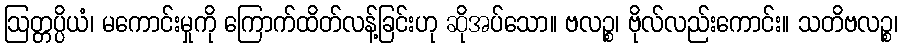
ဩတ္တပ္ပိယံ၊ မကောင်းမှုကို ကြောက်ထိတ်လန့်ခြင်းဟု ဆိုအပ်သော။ ဗလဉ္စ၊ ဗိုလ်လည်းကောင်း။ သတိဗလဉ္စ၊